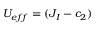
U _ { e f f } = ( J _ { I } - c _ { 2 } )